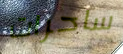
ساحرات